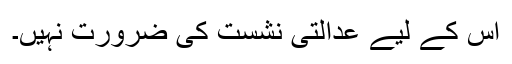
اس کے لیے عدالتی نشست کی ضرورت نہیں۔